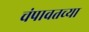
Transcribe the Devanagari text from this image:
चंपावतच्या